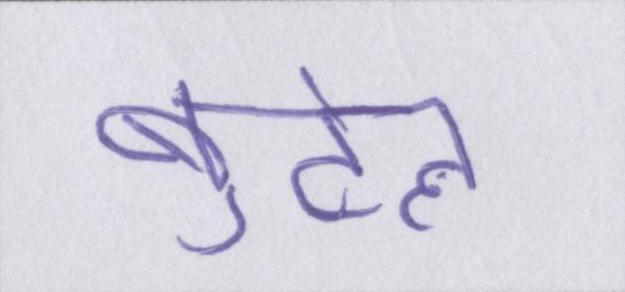
बुटेल